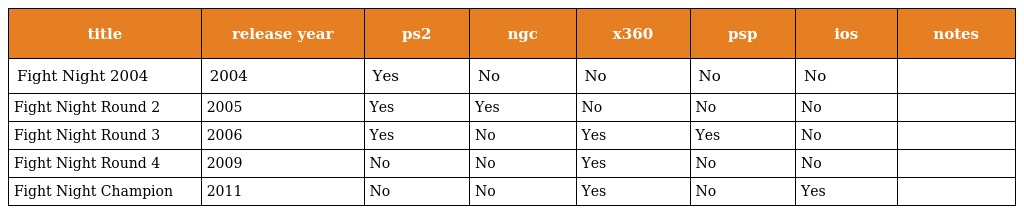
| title | release year | ps2 | ngc | x360 | psp | ios | notes |
 | --- | --- | --- | --- | --- | --- | --- | --- |
 | Fight Night 2004 | 2004 | Yes | No | No | No | No |  |
 | Fight Night Round 2 | 2005 | Yes | Yes | No | No | No |  |
 | Fight Night Round 3 | 2006 | Yes | No | Yes | Yes | No |  |
 | Fight Night Round 4 | 2009 | No | No | Yes | No | No |  |
 | Fight Night Champion | 2011 | No | No | Yes | No | Yes |  |